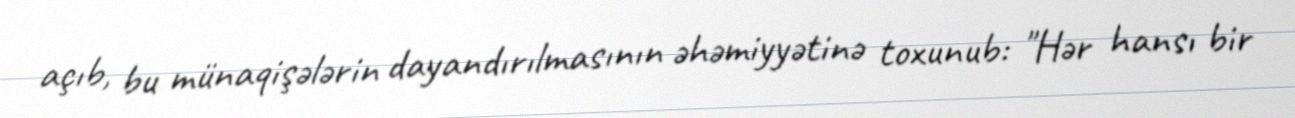
açıb, bu münaqişələrin dayandırılmasının əhəmiyyətinə toxunub: "Hər hansı bir